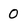
Character: 0